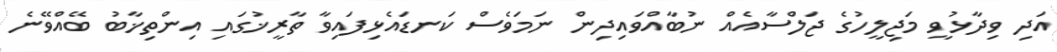
އަދި ވިދާޅުވީ މަޖިލީހުގެ ޖަލްސާއެއް ނުބާއްވައިދިން ނަމަވެސް ކަނޑައެޅިފައިވާ ތާރީޚުގައި އިންތިޚާބު ބޭއްވޭނެ